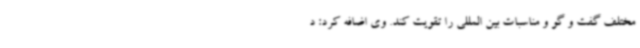
مختلف گفت و گو و مناسبات بین المللی را تقویت کند. وی اضافه کرد: د